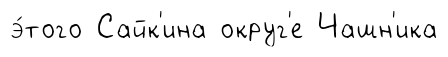
э́того Сайк'ина округ'е Чашн'ика